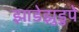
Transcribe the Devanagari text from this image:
झाडेझुडुपे